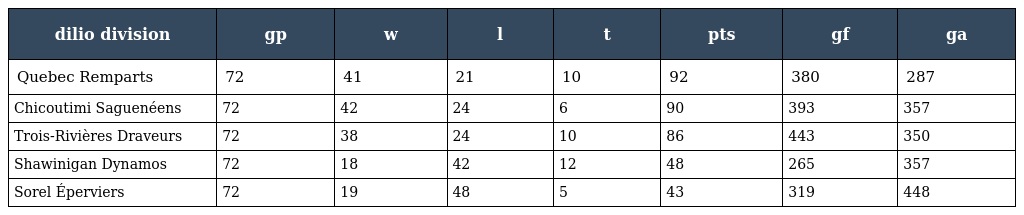
| dilio division | gp | w | l | t | pts | gf | ga |
 | --- | --- | --- | --- | --- | --- | --- | --- |
 | Quebec Remparts | 72 | 41 | 21 | 10 | 92 | 380 | 287 |
 | Chicoutimi Saguenéens | 72 | 42 | 24 | 6 | 90 | 393 | 357 |
 | Trois-Rivières Draveurs | 72 | 38 | 24 | 10 | 86 | 443 | 350 |
 | Shawinigan Dynamos | 72 | 18 | 42 | 12 | 48 | 265 | 357 |
 | Sorel Éperviers | 72 | 19 | 48 | 5 | 43 | 319 | 448 |